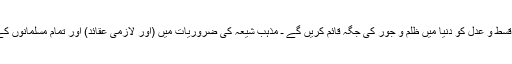
نجات دہندہ کا عقیدہ ـ جو قسط و عدل کو دنیا میں ظلم و جور کی جگہ قائم کریں گے ـ مذہب شیعہ کی ضروریات میں (اور لازمی عقائد) اور تمام مسلمانوں کے اعتقادات میں سے ہے۔